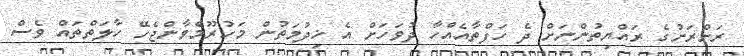
ރަށްރަށުގެ ރައްޔިތުންނަށް ދެ ހަފްތާއެއްހާ ދުވަހަށް އެ ޚިދުމަތުން މަހުރޫމްވާންޖެހޭ ހާލަތްތައް ވެސް